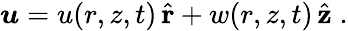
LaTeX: \boldsymbol{u}=u(r,z,t)\, \hat{\mathbf r}+w(r,z,t)\, \hat{\mathbf z}\; .